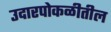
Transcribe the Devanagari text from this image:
उदारपोकळीतील